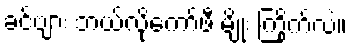
ခင်ဗျား ဘယ်လိုကော်ဖီ မျိုး ကြိုက်လဲ။